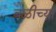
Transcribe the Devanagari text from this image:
बळीच्या